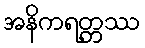
အနိကရတ္တဿ